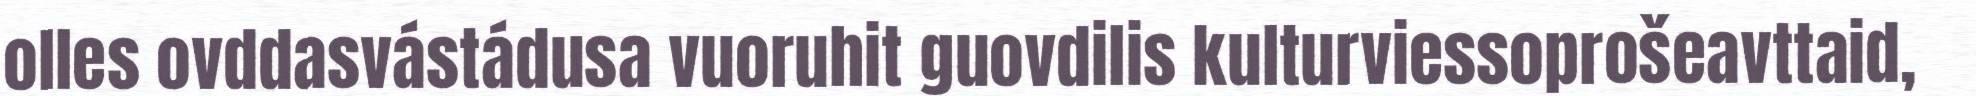
olles ovddasvástádusa vuoruhit guovdilis kulturviessoprošeavttaid,